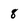
Character: 8